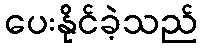
ပေးနိုင်ခဲ့သည်